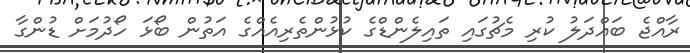
ރާއްޖެ ބައްދަލު ކުރި މެޗުގައި ތައިލެންޑްގެ ކުޅުންތެރިއެއްގެ އަތުން ބޯޅަ ހޯދުމަށް ޑުންގާ